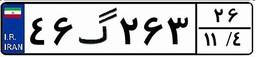
۱۲گ۹۶۲۴۷